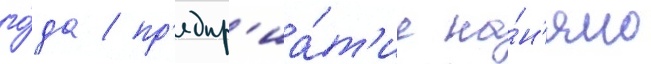
го́да / пр'едпр'иа́т'ие на́н'яло